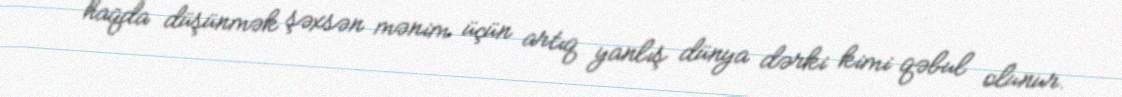
haqda düşünmək şəxsən mənim üçün artıq yanlış dünya dərki kimi qəbul olunur.